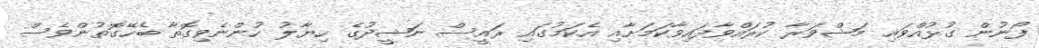
ފޯނުން ގުޅުއްވައި މަޝްވަރާ ކުރައްވާފައިވާކަމަށާއި އެކަމުގައި ރައީސް ނަޝީދުގެ ހިޔާލު ހުންނެވިގޮތާ ބެހޭގޮތުންވެސް